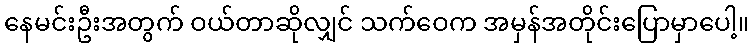
နေမင်းဦးအတွက် ဝယ်တာဆိုလျှင် သက်ဝေက အမှန်အတိုင်းပြောမှာပေါ့။